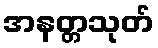
အနတ္တသုတ်